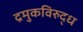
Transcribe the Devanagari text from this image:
द्रमुकविरुद्ध